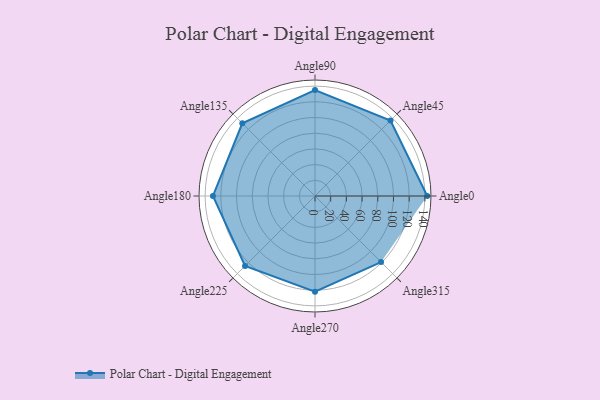
{"axis": {"x": "Angle", "y": "Radius"}, "legend": [""], "data": [{"x": "Angle0", "y": 143.0, "type": ""}, {"x": "Angle45", "y": 136.0, "type": ""}, {"x": "Angle90", "y": 135.0, "type": ""}, {"x": "Angle135", "y": 131.0, "type": ""}, {"x": "Angle180", "y": 130.0, "type": ""}, {"x": "Angle225", "y": 126.0, "type": ""}, {"x": "Angle270", "y": 122.0, "type": ""}, {"x": "Angle315", "y": 119.0, "type": ""}]}